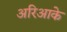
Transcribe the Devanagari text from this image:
अरिआके